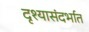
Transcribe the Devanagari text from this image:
दृश्यासंदर्भात